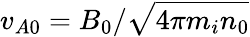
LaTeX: v_{A0}=B_{0}/\sqrt{4\pi m_{i}n_{0}}